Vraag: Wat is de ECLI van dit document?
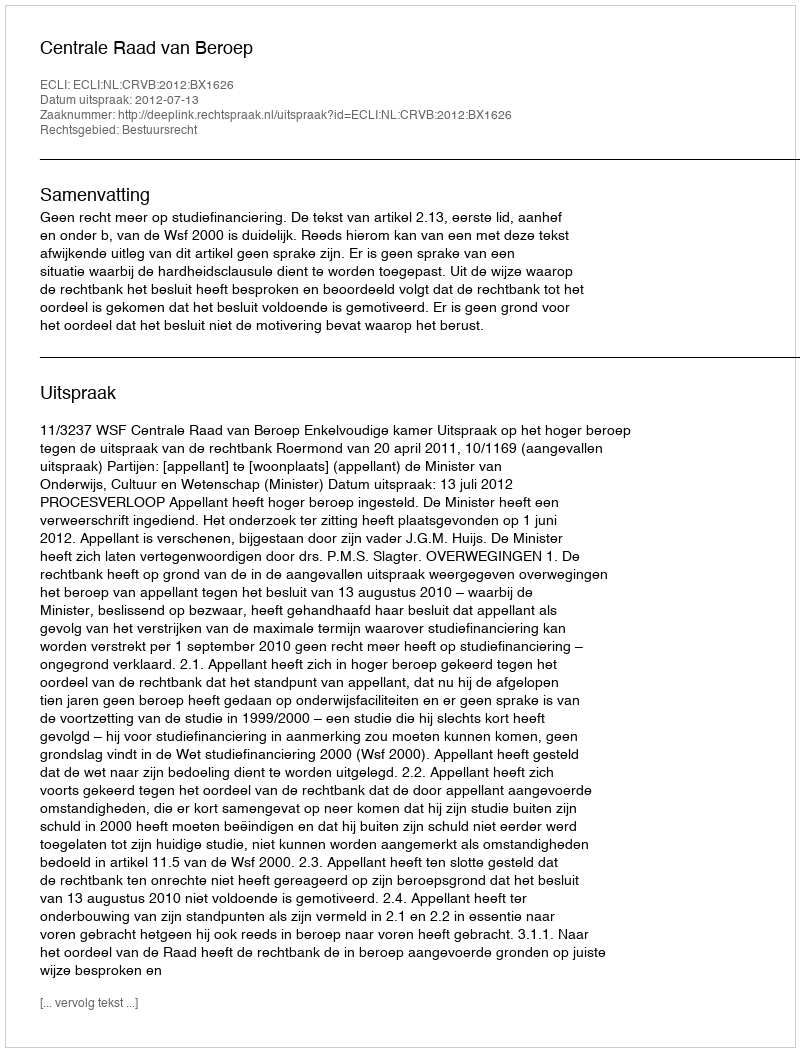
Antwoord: ECLI:NL:CRVB:2012:BX1626